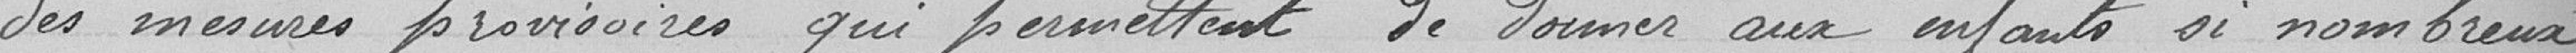
des mesures provisoires qui permettent de donner aux enfants si nombreux